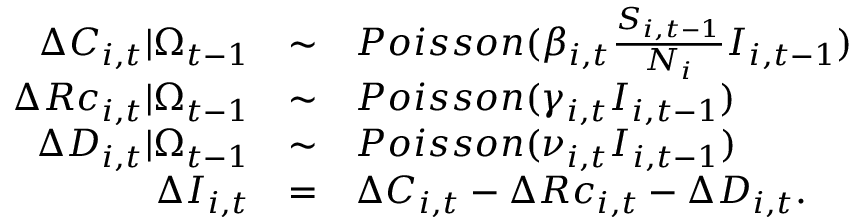
\begin{array} { r c l } { \Delta C _ { i , t } | \Omega _ { t - 1 } } & { \sim } & { P o i s s o n ( \beta _ { i , t } \frac { S _ { i , t - 1 } } { N _ { i } } I _ { i , t - 1 } ) } \\ { \Delta R c _ { i , t } | \Omega _ { t - 1 } } & { \sim } & { P o i s s o n ( \gamma _ { i , t } I _ { i , t - 1 } ) } \\ { \Delta D _ { i , t } | \Omega _ { t - 1 } } & { \sim } & { P o i s s o n ( \nu _ { i , t } I _ { i , t - 1 } ) } \\ { \Delta I _ { i , t } } & { = } & { \Delta C _ { i , t } - \Delta R c _ { i , t } - \Delta D _ { i , t } . } \end{array}